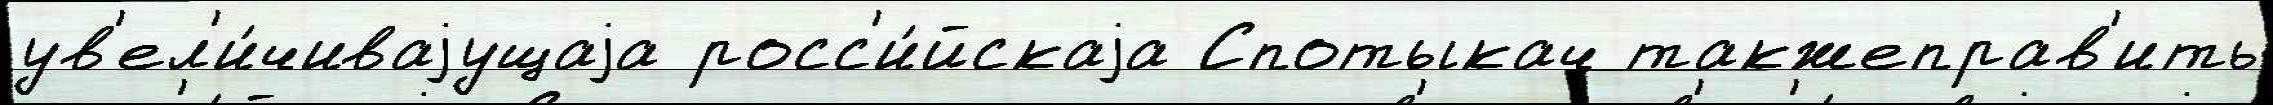
ув'ел'и́чиваjущаjа росс'и́йскаjа Спотыкач такжеправ'ить